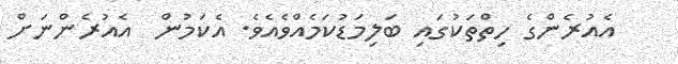
އެއުރެންގެ ހިތްތަކުގައި ބަލިމަޑުކަމެއްވެއެވެ. އެކަމުން  އެއުރެންނަށް